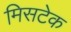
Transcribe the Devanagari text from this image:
मिसटेक